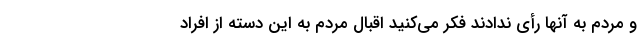
و مردم به آنها رأی ندادند فکر می‌کنید اقبال مردم به این دسته از افراد